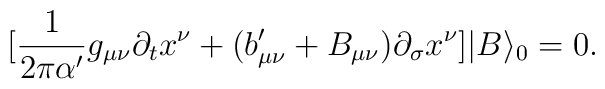
[\frac{1}{2\pi\alpha^\prime}g_{\mu\nu }\partial_tx^\nu+(b^\prime_{\mu\nu }+B_{\mu\nu })\partial_\sigma x^\nu ]|B\rangle_0=0.